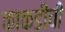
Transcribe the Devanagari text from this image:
काकडीची